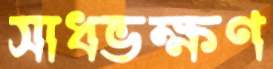
সাধভক্ষণ